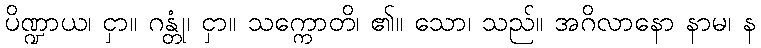
ပိဏ္ဍာယ၊ ငှာ။ ဂန္တုံ၊ ငှာ။ သက္ကောတိ၊ ၏။ သော၊ သည်။ အဂိလာနော နာမ၊ န